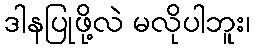
ဒါနပြုဖို့လဲ မလိုပါဘူး၊